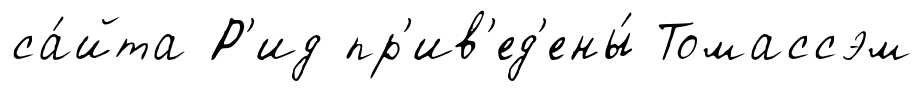
са́йта Р'ид пр'ив'ед'ены́ Томассэм